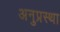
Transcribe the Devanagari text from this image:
अनुप्रस्था